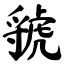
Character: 虢